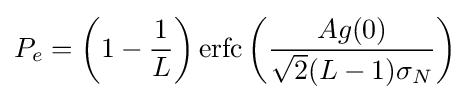
P_{e}=\left(1-{\frac {1}{L}}\right)\operatorname {erfc} \left({\frac {Ag(0)}{{\sqrt {2}}(L-1)\sigma _{N}}}\right)